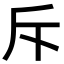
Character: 斥